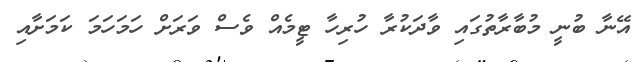
އޭނާ ބުނީ މުބާރާތުގައި ވާދަކުރާ ހުރިހާ ޓީމެއް ވެސް ވަރަށް ހަމަހަމަ ކަމަށާއި